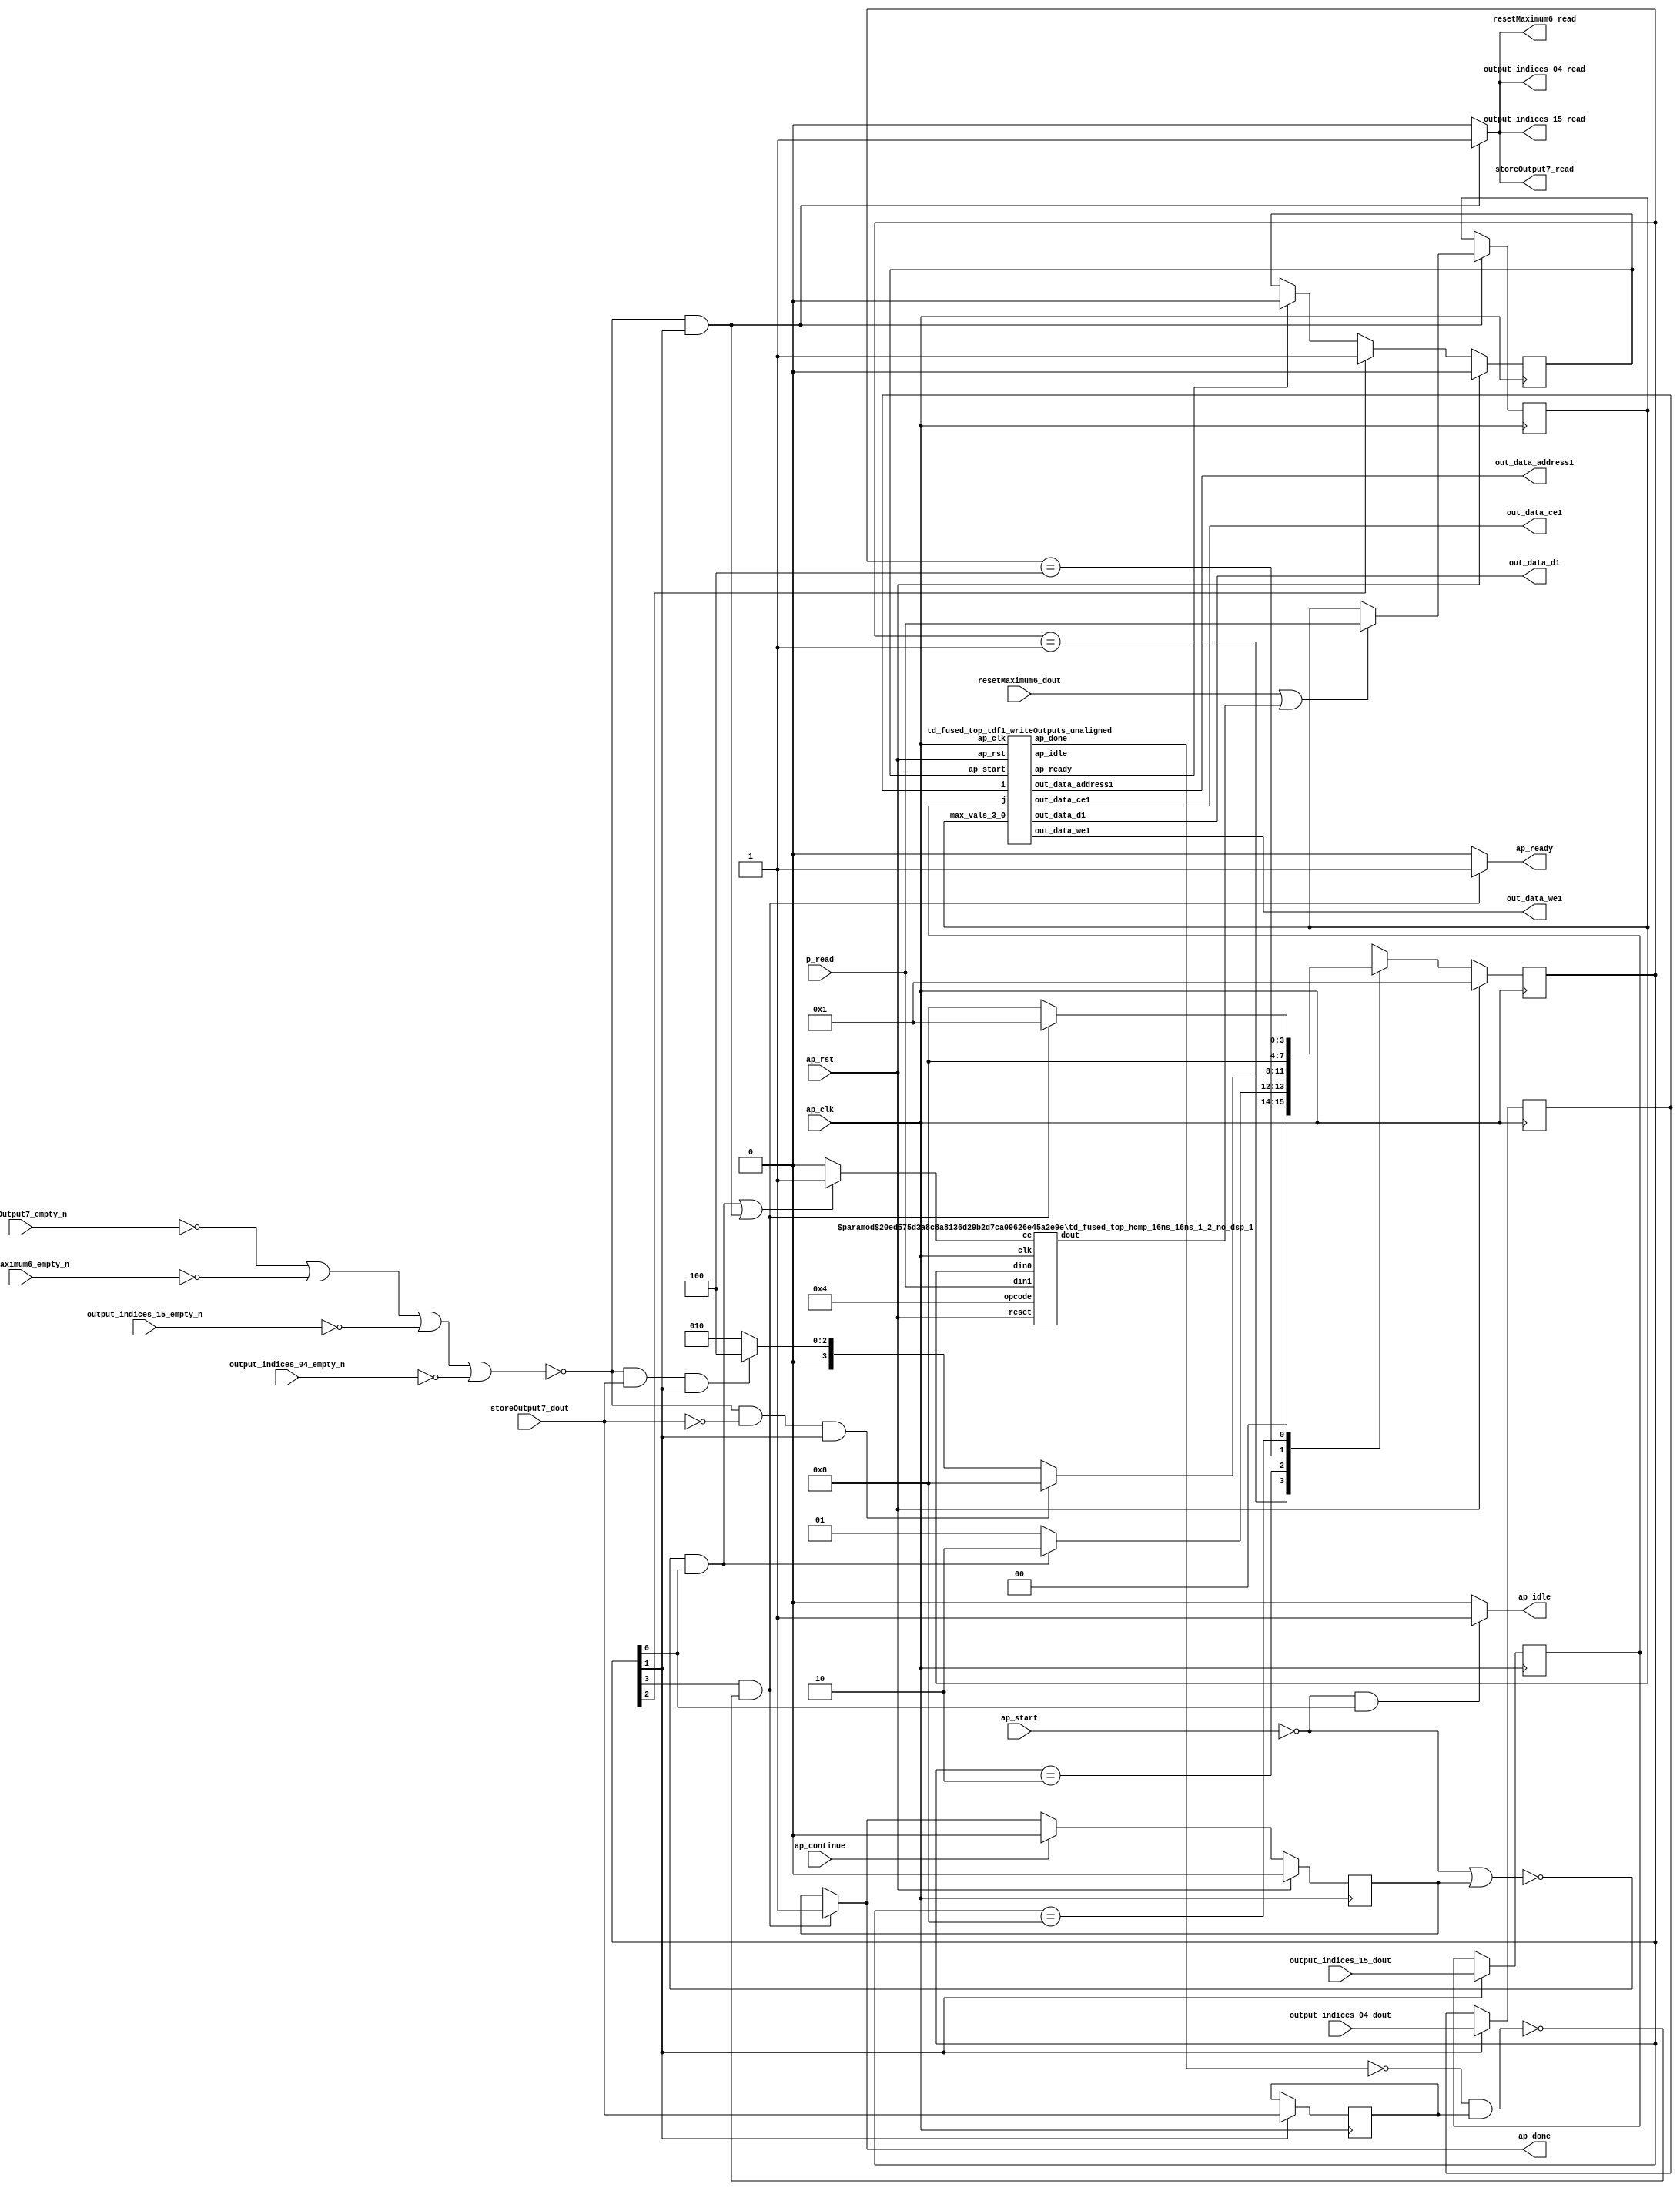
`define EXPONENT 5
`define MANTISSA 10
`define ACTUAL_MANTISSA 11
`define EXPONENT_LSB 10
`define EXPONENT_MSB 14
`define MANTISSA_LSB 0
`define MANTISSA_MSB 9
`define MANTISSA_MUL_SPLIT_LSB 3
`define MANTISSA_MUL_SPLIT_MSB 9
`define SIGN 1
`define SIGN_LOC 15
`define DWIDTH (`SIGN+`EXPONENT+`MANTISSA)
`define IEEE_COMPLIANCE 1

module td_fused_top_tdf1_poolOutputs (
        ap_clk,
        ap_rst,
        ap_start,
        ap_done,
        ap_continue,
        ap_idle,
        ap_ready,
        output_indices_04_dout,
        output_indices_04_empty_n,
        output_indices_04_read,
        output_indices_15_dout,
        output_indices_15_empty_n,
        output_indices_15_read,
        resetMaximum6_dout,
        resetMaximum6_empty_n,
        resetMaximum6_read,
        storeOutput7_dout,
        storeOutput7_empty_n,
        storeOutput7_read,
        p_read,
        out_data_address1,
        out_data_ce1,
        out_data_we1,
        out_data_d1
);

parameter    ap_ST_fsm_state1 = 4'd1;
parameter    ap_ST_fsm_state2 = 4'd2;
parameter    ap_ST_fsm_state3 = 4'd4;
parameter    ap_ST_fsm_state4 = 4'd8;

input   ap_clk;
input   ap_rst;
input   ap_start;
output   ap_done;
input   ap_continue;
output   ap_idle;
output   ap_ready;
input  [6:0] output_indices_04_dout;
input   output_indices_04_empty_n;
output   output_indices_04_read;
input  [13:0] output_indices_15_dout;
input   output_indices_15_empty_n;
output   output_indices_15_read;
input  [0:0] resetMaximum6_dout;
input   resetMaximum6_empty_n;
output   resetMaximum6_read;
input  [0:0] storeOutput7_dout;
input   storeOutput7_empty_n;
output   storeOutput7_read;
input  [15:0] p_read;
output  [15:0] out_data_address1;
output   out_data_ce1;
output   out_data_we1;
output  [63:0] out_data_d1;

reg ap_done;
reg ap_idle;
reg ap_ready;
reg output_indices_04_read;
reg output_indices_15_read;
reg resetMaximum6_read;
reg storeOutput7_read;

reg    ap_done_reg;
  reg   [3:0] ap_CS_fsm;
wire    ap_CS_fsm_state1;
reg   [15:0] max_vals_3_0;
reg    output_indices_04_blk_n;
wire    ap_CS_fsm_state2;
reg    output_indices_15_blk_n;
reg    resetMaximum6_blk_n;
reg    storeOutput7_blk_n;
reg   [6:0] output_indices_04_read_reg_147;
reg   [13:0] output_indices_15_read_reg_152;
wire   [0:0] storeOutput7_read_read_fu_82_p2;
reg   [0:0] storeOutput7_read_reg_157;
wire    grp_tdf1_writeOutputs_unaligned_fu_88_ap_start;
wire    grp_tdf1_writeOutputs_unaligned_fu_88_ap_done;
wire    grp_tdf1_writeOutputs_unaligned_fu_88_ap_idle;
wire    grp_tdf1_writeOutputs_unaligned_fu_88_ap_ready;
wire   [15:0] grp_tdf1_writeOutputs_unaligned_fu_88_out_data_address1;
wire    grp_tdf1_writeOutputs_unaligned_fu_88_out_data_ce1;
wire    grp_tdf1_writeOutputs_unaligned_fu_88_out_data_we1;
wire   [63:0] grp_tdf1_writeOutputs_unaligned_fu_88_out_data_d1;
reg    grp_tdf1_writeOutputs_unaligned_fu_88_ap_start_reg;
wire    ap_CS_fsm_state3;
wire    ap_CS_fsm_state4;
reg    ap_block_state4_on_subcall_done;
wire   [15:0] select_ln24_fu_126_p3;
reg    ap_block_state2;
reg    ap_block_state1;
wire   [0:0] grp_fu_110_p2;
wire   [0:0] or_ln24_fu_120_p2;
reg    grp_fu_110_ce;
reg   [3:0] ap_NS_fsm;
wire    ap_ce_reg;

// power-on initialization
initial begin
#0 ap_done_reg = 1'b0;
#0 ap_CS_fsm = 4'd1;
#0 max_vals_3_0 = 16'd0;
#0 grp_tdf1_writeOutputs_unaligned_fu_88_ap_start_reg = 1'b0;
end

td_fused_top_tdf1_writeOutputs_unaligned grp_tdf1_writeOutputs_unaligned_fu_88(
    .ap_clk(ap_clk),
    .ap_rst(ap_rst),
    .ap_start(grp_tdf1_writeOutputs_unaligned_fu_88_ap_start),
    .ap_done(grp_tdf1_writeOutputs_unaligned_fu_88_ap_done),
    .ap_idle(grp_tdf1_writeOutputs_unaligned_fu_88_ap_idle),
    .ap_ready(grp_tdf1_writeOutputs_unaligned_fu_88_ap_ready),
    .i(output_indices_04_read_reg_147),
    .j(output_indices_15_read_reg_152),
    .out_data_address1(grp_tdf1_writeOutputs_unaligned_fu_88_out_data_address1),
    .out_data_ce1(grp_tdf1_writeOutputs_unaligned_fu_88_out_data_ce1),
    .out_data_we1(grp_tdf1_writeOutputs_unaligned_fu_88_out_data_we1),
    .out_data_d1(grp_tdf1_writeOutputs_unaligned_fu_88_out_data_d1),
    .max_vals_3_0(max_vals_3_0)
);

td_fused_top_hcmp_16ns_16ns_1_2_no_dsp_1 #(
    .ID( 1 ),
    .NUM_STAGE( 2 ),
    .din0_WIDTH( 16 ),
    .din1_WIDTH( 16 ),
    .dout_WIDTH( 1 ))
hcmp_16ns_16ns_1_2_no_dsp_1_U47(
    .clk(ap_clk),
    .reset(ap_rst),
    .ce(grp_fu_110_ce),
    .din0(max_vals_3_0),
    .din1(p_read),
    .opcode(5'd4),
    .dout(grp_fu_110_p2)
);

always @ (posedge ap_clk) begin
    if (ap_rst == 1'b1) begin
        ap_CS_fsm <= ap_ST_fsm_state1;
    end else begin
        ap_CS_fsm <= ap_NS_fsm;
    end
end

always @ (posedge ap_clk) begin
    if (ap_rst == 1'b1) begin
        ap_done_reg <= 1'b0;
    end else begin
        if ((ap_continue == 1'b1)) begin
            ap_done_reg <= 1'b0;
        end else if (((1'b1 == ap_CS_fsm_state4) & (1'b0 == ap_block_state4_on_subcall_done))) begin
            ap_done_reg <= 1'b1;
        end
    end
end

always @ (posedge ap_clk) begin
    if (ap_rst == 1'b1) begin
        grp_tdf1_writeOutputs_unaligned_fu_88_ap_start_reg <= 1'b0;
    end else begin
        if ((1'b1 == ap_CS_fsm_state3)) begin
            grp_tdf1_writeOutputs_unaligned_fu_88_ap_start_reg <= 1'b1;
        end else if ((grp_tdf1_writeOutputs_unaligned_fu_88_ap_ready == 1'b1)) begin
            grp_tdf1_writeOutputs_unaligned_fu_88_ap_start_reg <= 1'b0;
        end
    end
end

always @ (posedge ap_clk) begin
    if ((~((storeOutput7_empty_n == 1'b0) | (resetMaximum6_empty_n == 1'b0) | (output_indices_15_empty_n == 1'b0) | (output_indices_04_empty_n == 1'b0)) & (1'b1 == ap_CS_fsm_state2))) begin
        max_vals_3_0 <= select_ln24_fu_126_p3;
    end
end

always @ (posedge ap_clk) begin
    if ((1'b1 == ap_CS_fsm_state2)) begin
        output_indices_04_read_reg_147 <= output_indices_04_dout;
        output_indices_15_read_reg_152 <= output_indices_15_dout;
        storeOutput7_read_reg_157 <= storeOutput7_dout;
    end
end

always @ (*) begin
    if (((1'b1 == ap_CS_fsm_state4) & (1'b0 == ap_block_state4_on_subcall_done))) begin
        ap_done = 1'b1;
    end else begin
        ap_done = ap_done_reg;
    end
end

always @ (*) begin
    if (((ap_start == 1'b0) & (1'b1 == ap_CS_fsm_state1))) begin
        ap_idle = 1'b1;
    end else begin
        ap_idle = 1'b0;
    end
end

always @ (*) begin
    if (((1'b1 == ap_CS_fsm_state4) & (1'b0 == ap_block_state4_on_subcall_done))) begin
        ap_ready = 1'b1;
    end else begin
        ap_ready = 1'b0;
    end
end

always @ (*) begin
    if (((~((ap_start == 1'b0) | (ap_done_reg == 1'b1)) & (1'b1 == ap_CS_fsm_state1)) | (~((storeOutput7_empty_n == 1'b0) | (resetMaximum6_empty_n == 1'b0) | (output_indices_15_empty_n == 1'b0) | (output_indices_04_empty_n == 1'b0)) & (1'b1 == ap_CS_fsm_state2)))) begin
        grp_fu_110_ce = 1'b1;
    end else begin
        grp_fu_110_ce = 1'b0;
    end
end

always @ (*) begin
    if ((1'b1 == ap_CS_fsm_state2)) begin
        output_indices_04_blk_n = output_indices_04_empty_n;
    end else begin
        output_indices_04_blk_n = 1'b1;
    end
end

always @ (*) begin
    if ((~((storeOutput7_empty_n == 1'b0) | (resetMaximum6_empty_n == 1'b0) | (output_indices_15_empty_n == 1'b0) | (output_indices_04_empty_n == 1'b0)) & (1'b1 == ap_CS_fsm_state2))) begin
        output_indices_04_read = 1'b1;
    end else begin
        output_indices_04_read = 1'b0;
    end
end

always @ (*) begin
    if ((1'b1 == ap_CS_fsm_state2)) begin
        output_indices_15_blk_n = output_indices_15_empty_n;
    end else begin
        output_indices_15_blk_n = 1'b1;
    end
end

always @ (*) begin
    if ((~((storeOutput7_empty_n == 1'b0) | (resetMaximum6_empty_n == 1'b0) | (output_indices_15_empty_n == 1'b0) | (output_indices_04_empty_n == 1'b0)) & (1'b1 == ap_CS_fsm_state2))) begin
        output_indices_15_read = 1'b1;
    end else begin
        output_indices_15_read = 1'b0;
    end
end

always @ (*) begin
    if ((1'b1 == ap_CS_fsm_state2)) begin
        resetMaximum6_blk_n = resetMaximum6_empty_n;
    end else begin
        resetMaximum6_blk_n = 1'b1;
    end
end

always @ (*) begin
    if ((~((storeOutput7_empty_n == 1'b0) | (resetMaximum6_empty_n == 1'b0) | (output_indices_15_empty_n == 1'b0) | (output_indices_04_empty_n == 1'b0)) & (1'b1 == ap_CS_fsm_state2))) begin
        resetMaximum6_read = 1'b1;
    end else begin
        resetMaximum6_read = 1'b0;
    end
end

always @ (*) begin
    if ((1'b1 == ap_CS_fsm_state2)) begin
        storeOutput7_blk_n = storeOutput7_empty_n;
    end else begin
        storeOutput7_blk_n = 1'b1;
    end
end

always @ (*) begin
    if ((~((storeOutput7_empty_n == 1'b0) | (resetMaximum6_empty_n == 1'b0) | (output_indices_15_empty_n == 1'b0) | (output_indices_04_empty_n == 1'b0)) & (1'b1 == ap_CS_fsm_state2))) begin
        storeOutput7_read = 1'b1;
    end else begin
        storeOutput7_read = 1'b0;
    end
end

always @ (*) begin
    case (ap_CS_fsm)
        ap_ST_fsm_state1 : begin
            if ((~((ap_start == 1'b0) | (ap_done_reg == 1'b1)) & (1'b1 == ap_CS_fsm_state1))) begin
                ap_NS_fsm = ap_ST_fsm_state2;
            end else begin
                ap_NS_fsm = ap_ST_fsm_state1;
            end
        end
        ap_ST_fsm_state2 : begin
            if ((~((storeOutput7_empty_n == 1'b0) | (resetMaximum6_empty_n == 1'b0) | (output_indices_15_empty_n == 1'b0) | (output_indices_04_empty_n == 1'b0)) & (storeOutput7_read_read_fu_82_p2 == 1'd0) & (1'b1 == ap_CS_fsm_state2))) begin
                ap_NS_fsm = ap_ST_fsm_state4;
            end else if ((~((storeOutput7_empty_n == 1'b0) | (resetMaximum6_empty_n == 1'b0) | (output_indices_15_empty_n == 1'b0) | (output_indices_04_empty_n == 1'b0)) & (storeOutput7_read_read_fu_82_p2 == 1'd1) & (1'b1 == ap_CS_fsm_state2))) begin
                ap_NS_fsm = ap_ST_fsm_state3;
            end else begin
                ap_NS_fsm = ap_ST_fsm_state2;
            end
        end
        ap_ST_fsm_state3 : begin
            ap_NS_fsm = ap_ST_fsm_state4;
        end
        ap_ST_fsm_state4 : begin
            if (((1'b1 == ap_CS_fsm_state4) & (1'b0 == ap_block_state4_on_subcall_done))) begin
                ap_NS_fsm = ap_ST_fsm_state1;
            end else begin
                ap_NS_fsm = ap_ST_fsm_state4;
            end
        end
        default : begin
            ap_NS_fsm = 'bx;
        end
    endcase
end

assign ap_CS_fsm_state1 = ap_CS_fsm[32'd0];

assign ap_CS_fsm_state2 = ap_CS_fsm[32'd1];

assign ap_CS_fsm_state3 = ap_CS_fsm[32'd2];

assign ap_CS_fsm_state4 = ap_CS_fsm[32'd3];

always @ (*) begin
    ap_block_state1 = ((ap_start == 1'b0) | (ap_done_reg == 1'b1));
end

always @ (*) begin
    ap_block_state2 = ((storeOutput7_empty_n == 1'b0) | (resetMaximum6_empty_n == 1'b0) | (output_indices_15_empty_n == 1'b0) | (output_indices_04_empty_n == 1'b0));
end

always @ (*) begin
    ap_block_state4_on_subcall_done = ((grp_tdf1_writeOutputs_unaligned_fu_88_ap_done == 1'b0) & (storeOutput7_read_reg_157 == 1'd1));
end

assign grp_tdf1_writeOutputs_unaligned_fu_88_ap_start = grp_tdf1_writeOutputs_unaligned_fu_88_ap_start_reg;

assign or_ln24_fu_120_p2 = (resetMaximum6_dout | grp_fu_110_p2);

assign out_data_address1 = grp_tdf1_writeOutputs_unaligned_fu_88_out_data_address1;

assign out_data_ce1 = grp_tdf1_writeOutputs_unaligned_fu_88_out_data_ce1;

assign out_data_d1 = grp_tdf1_writeOutputs_unaligned_fu_88_out_data_d1;

assign out_data_we1 = grp_tdf1_writeOutputs_unaligned_fu_88_out_data_we1;

assign select_ln24_fu_126_p3 = ((or_ln24_fu_120_p2[0:0] == 1'b1) ? p_read : max_vals_3_0);

assign storeOutput7_read_read_fu_82_p2 = storeOutput7_dout;

endmodule //td_fused_top_tdf1_poolOutputs
module td_fused_top_tdf1_writeOutputs_unaligned (
        ap_clk,
        ap_rst,
        ap_start,
        ap_done,
        ap_idle,
        ap_ready,
        i,
        j,
        out_data_address1,
        out_data_ce1,
        out_data_we1,
        out_data_d1,
        max_vals_3_0
);

parameter    ap_ST_fsm_state1 = 3'd1;
parameter    ap_ST_fsm_state2 = 3'd2;
parameter    ap_ST_fsm_state3 = 3'd4;

input   ap_clk;
input   ap_rst;
input   ap_start;
output   ap_done;
output   ap_idle;
output   ap_ready;
input  [6:0] i;
input  [13:0] j;
output  [15:0] out_data_address1;
output   out_data_ce1;
output   out_data_we1;
output  [63:0] out_data_d1;
input  [15:0] max_vals_3_0;

reg ap_done;
reg ap_idle;
reg ap_ready;
reg out_data_ce1;
reg out_data_we1;

  reg   [2:0] ap_CS_fsm;
wire    ap_CS_fsm_state1;
reg   [15:0] outputCount_1;
reg   [15:0] outputChanIdx_1;
reg   [15:0] outputRow_8_0;
reg   [15:0] outputRow_8_1;
reg   [15:0] outputRow_8_2;
reg   [15:0] outputRow_8_3;
wire   [14:0] sub_ln94_fu_121_p2;
reg   [14:0] sub_ln94_reg_294;
wire   [15:0] add_ln87_fu_182_p2;
wire    ap_CS_fsm_state2;
wire   [0:0] icmp_ln88_fu_188_p2;
reg   [0:0] icmp_ln88_reg_307;
reg   [15:0] ap_phi_mux_empty_phi_fu_90_p4;
reg   [15:0] empty_reg_87;
wire    ap_CS_fsm_state3;
wire   [63:0] zext_ln94_18_fu_216_p1;
wire   [15:0] select_ln97_fu_274_p3;
wire   [1:0] trunc_ln86_fu_154_p1;
reg   [15:0] ap_sig_allocacmp_outputRow_8_0_load;
reg   [15:0] ap_sig_allocacmp_outputRow_8_1_load;
reg   [15:0] ap_sig_allocacmp_outputRow_8_2_load;
reg   [15:0] ap_sig_allocacmp_outputRow_8_3_load;
wire   [13:0] tmp_fu_97_p3;
wire   [10:0] tmp_s_fu_109_p3;
wire   [14:0] zext_ln94_fu_105_p1;
wire   [14:0] zext_ln94_15_fu_117_p1;
wire   [15:0] sub_ln94_cast14_fu_127_p1;
wire   [15:0] zext_ln94_16_fu_130_p1;
wire   [15:0] add_ln94_fu_134_p2;
wire   [3:0] trunc_ln94_fu_202_p1;
wire   [15:0] shl_ln89_fu_140_p2;
wire   [15:0] zext_ln94_17_fu_206_p1;
wire   [15:0] add_ln94_7_fu_210_p2;
wire   [15:0] bitcast_ln94_21_fu_245_p1;
wire   [15:0] bitcast_ln94_20_fu_237_p1;
wire   [15:0] bitcast_ln94_19_fu_229_p1;
wire   [15:0] bitcast_ln94_fu_221_p1;
wire   [15:0] add_ln96_fu_262_p2;
wire   [0:0] icmp_ln97_fu_268_p2;
reg   [2:0] ap_NS_fsm;
wire    ap_ce_reg;

// power-on initialization
initial begin
#0 ap_CS_fsm = 3'd1;
#0 outputCount_1 = 16'd0;
#0 outputChanIdx_1 = 16'd0;
#0 outputRow_8_0 = 16'd0;
#0 outputRow_8_1 = 16'd0;
#0 outputRow_8_2 = 16'd0;
#0 outputRow_8_3 = 16'd0;
end

always @ (posedge ap_clk) begin
    if (ap_rst == 1'b1) begin
        ap_CS_fsm <= ap_ST_fsm_state1;
    end else begin
        ap_CS_fsm <= ap_NS_fsm;
    end
end

always @ (posedge ap_clk) begin
    if (((icmp_ln88_reg_307 == 1'd1) & (1'b1 == ap_CS_fsm_state3))) begin
        empty_reg_87 <= 16'd0;
    end else if (((icmp_ln88_fu_188_p2 == 1'd0) & (1'b1 == ap_CS_fsm_state2))) begin
        empty_reg_87 <= add_ln87_fu_182_p2;
    end
end

always @ (posedge ap_clk) begin
    if ((1'b1 == ap_CS_fsm_state2)) begin
        icmp_ln88_reg_307 <= icmp_ln88_fu_188_p2;
    end
end

always @ (posedge ap_clk) begin
    if (((icmp_ln88_fu_188_p2 == 1'd1) & (1'b1 == ap_CS_fsm_state2))) begin
        outputChanIdx_1 <= select_ln97_fu_274_p3;
    end
end

always @ (posedge ap_clk) begin
    if ((1'b1 == ap_CS_fsm_state3)) begin
        outputCount_1 <= ap_phi_mux_empty_phi_fu_90_p4;
    end
end

always @ (posedge ap_clk) begin
    if (((trunc_ln86_fu_154_p1 == 2'd0) & (1'b1 == ap_CS_fsm_state2))) begin
        outputRow_8_0 <= max_vals_3_0;
    end
end

always @ (posedge ap_clk) begin
    if (((trunc_ln86_fu_154_p1 == 2'd1) & (1'b1 == ap_CS_fsm_state2))) begin
        outputRow_8_1 <= max_vals_3_0;
    end
end

always @ (posedge ap_clk) begin
    if (((trunc_ln86_fu_154_p1 == 2'd2) & (1'b1 == ap_CS_fsm_state2))) begin
        outputRow_8_2 <= max_vals_3_0;
    end
end

always @ (posedge ap_clk) begin
    if (((trunc_ln86_fu_154_p1 == 2'd3) & (1'b1 == ap_CS_fsm_state2))) begin
        outputRow_8_3 <= max_vals_3_0;
    end
end

always @ (posedge ap_clk) begin
    if ((1'b1 == ap_CS_fsm_state1)) begin
        sub_ln94_reg_294[14 : 4] <= sub_ln94_fu_121_p2[14 : 4];
    end
end

always @ (*) begin
    if (((1'b1 == ap_CS_fsm_state3) | ((ap_start == 1'b0) & (1'b1 == ap_CS_fsm_state1)))) begin
        ap_done = 1'b1;
    end else begin
        ap_done = 1'b0;
    end
end

always @ (*) begin
    if (((ap_start == 1'b0) & (1'b1 == ap_CS_fsm_state1))) begin
        ap_idle = 1'b1;
    end else begin
        ap_idle = 1'b0;
    end
end

always @ (*) begin
    if (((icmp_ln88_reg_307 == 1'd1) & (1'b1 == ap_CS_fsm_state3))) begin
        ap_phi_mux_empty_phi_fu_90_p4 = 16'd0;
    end else begin
        ap_phi_mux_empty_phi_fu_90_p4 = empty_reg_87;
    end
end

always @ (*) begin
    if ((1'b1 == ap_CS_fsm_state3)) begin
        ap_ready = 1'b1;
    end else begin
        ap_ready = 1'b0;
    end
end

always @ (*) begin
    if (((trunc_ln86_fu_154_p1 == 2'd0) & (1'b1 == ap_CS_fsm_state2))) begin
        ap_sig_allocacmp_outputRow_8_0_load = max_vals_3_0;
    end else begin
        ap_sig_allocacmp_outputRow_8_0_load = outputRow_8_0;
    end
end

always @ (*) begin
    if (((trunc_ln86_fu_154_p1 == 2'd1) & (1'b1 == ap_CS_fsm_state2))) begin
        ap_sig_allocacmp_outputRow_8_1_load = max_vals_3_0;
    end else begin
        ap_sig_allocacmp_outputRow_8_1_load = outputRow_8_1;
    end
end

always @ (*) begin
    if (((trunc_ln86_fu_154_p1 == 2'd2) & (1'b1 == ap_CS_fsm_state2))) begin
        ap_sig_allocacmp_outputRow_8_2_load = max_vals_3_0;
    end else begin
        ap_sig_allocacmp_outputRow_8_2_load = outputRow_8_2;
    end
end

always @ (*) begin
    if (((trunc_ln86_fu_154_p1 == 2'd3) & (1'b1 == ap_CS_fsm_state2))) begin
        ap_sig_allocacmp_outputRow_8_3_load = max_vals_3_0;
    end else begin
        ap_sig_allocacmp_outputRow_8_3_load = outputRow_8_3;
    end
end

always @ (*) begin
    if (((1'b1 == ap_CS_fsm_state3) | (1'b1 == ap_CS_fsm_state2))) begin
        out_data_ce1 = 1'b1;
    end else begin
        out_data_ce1 = 1'b0;
    end
end

always @ (*) begin
    if (((icmp_ln88_fu_188_p2 == 1'd1) & (1'b1 == ap_CS_fsm_state2))) begin
        out_data_we1 = 1'b1;
    end else begin
        out_data_we1 = 1'b0;
    end
end

always @ (*) begin
    case (ap_CS_fsm)
        ap_ST_fsm_state1 : begin
            if (((ap_start == 1'b1) & (1'b1 == ap_CS_fsm_state1))) begin
                ap_NS_fsm = ap_ST_fsm_state2;
            end else begin
                ap_NS_fsm = ap_ST_fsm_state1;
            end
        end
        ap_ST_fsm_state2 : begin
            ap_NS_fsm = ap_ST_fsm_state3;
        end
        ap_ST_fsm_state3 : begin
            ap_NS_fsm = ap_ST_fsm_state1;
        end
        default : begin
            ap_NS_fsm = 'bx;
        end
    endcase
end

assign add_ln87_fu_182_p2 = (outputCount_1 + 16'd1);

assign add_ln94_7_fu_210_p2 = (shl_ln89_fu_140_p2 + zext_ln94_17_fu_206_p1);

assign add_ln94_fu_134_p2 = (sub_ln94_cast14_fu_127_p1 + zext_ln94_16_fu_130_p1);

assign add_ln96_fu_262_p2 = (outputChanIdx_1 + 16'd1);

assign ap_CS_fsm_state1 = ap_CS_fsm[32'd0];

assign ap_CS_fsm_state2 = ap_CS_fsm[32'd1];

assign ap_CS_fsm_state3 = ap_CS_fsm[32'd2];

assign bitcast_ln94_19_fu_229_p1 = ap_sig_allocacmp_outputRow_8_1_load;

assign bitcast_ln94_20_fu_237_p1 = ap_sig_allocacmp_outputRow_8_2_load;

assign bitcast_ln94_21_fu_245_p1 = ap_sig_allocacmp_outputRow_8_3_load;

assign bitcast_ln94_fu_221_p1 = ap_sig_allocacmp_outputRow_8_0_load;

assign icmp_ln88_fu_188_p2 = ((add_ln87_fu_182_p2 == 16'd4) ? 1'b1 : 1'b0);

assign icmp_ln97_fu_268_p2 = ((add_ln96_fu_262_p2 == 16'd4) ? 1'b1 : 1'b0);

assign out_data_address1 = zext_ln94_18_fu_216_p1;

assign out_data_d1 = {{{{bitcast_ln94_21_fu_245_p1}, {bitcast_ln94_20_fu_237_p1}}, {bitcast_ln94_19_fu_229_p1}}, {bitcast_ln94_fu_221_p1}};

assign select_ln97_fu_274_p3 = ((icmp_ln97_fu_268_p2[0:0] == 1'b1) ? 16'd0 : add_ln96_fu_262_p2);

assign shl_ln89_fu_140_p2 = add_ln94_fu_134_p2 << 16'd2;

assign sub_ln94_cast14_fu_127_p1 = sub_ln94_reg_294;

assign sub_ln94_fu_121_p2 = (zext_ln94_fu_105_p1 - zext_ln94_15_fu_117_p1);

assign tmp_fu_97_p3 = {{i}, {7'd0}};

assign tmp_s_fu_109_p3 = {{i}, {4'd0}};

assign trunc_ln86_fu_154_p1 = outputCount_1[1:0];

assign trunc_ln94_fu_202_p1 = outputChanIdx_1[3:0];

assign zext_ln94_15_fu_117_p1 = tmp_s_fu_109_p3;

assign zext_ln94_16_fu_130_p1 = j;

assign zext_ln94_17_fu_206_p1 = trunc_ln94_fu_202_p1;

assign zext_ln94_18_fu_216_p1 = add_ln94_7_fu_210_p2;

assign zext_ln94_fu_105_p1 = tmp_fu_97_p3;

always @ (posedge ap_clk) begin
    sub_ln94_reg_294[3:0] <= 4'b0000;
end

endmodule //td_fused_top_tdf1_writeOutputs_unaligned

module td_fused_top_hcmp_16ns_16ns_1_2_no_dsp_1
#(parameter
    ID         = 47,
    NUM_STAGE  = 2,
    din0_WIDTH = 16,
    din1_WIDTH = 16,
    dout_WIDTH = 1
)(
    input  wire                  clk,
    input  wire                  reset,
    input  wire                  ce,
    input  wire [din0_WIDTH-1:0] din0,
    input  wire [din1_WIDTH-1:0] din1,
    input  wire [4:0]            opcode,
    output wire [dout_WIDTH-1:0] dout
);
//------------------------Parameter----------------------
// AutoESL opcode
localparam [4:0]
    AP_OEQ = 5'b00001,
    AP_OGT = 5'b00010,
    AP_OGE = 5'b00011,
    AP_OLT = 5'b00100,
    AP_OLE = 5'b00101,
    AP_ONE = 5'b00110,
    AP_UNO = 5'b01000;
// FPV6 opcode
localparam [7:0]
    OP_EQ = 8'b00010100,
    OP_GT = 8'b00100100,
    OP_GE = 8'b00110100,
    OP_LT = 8'b00001100,
    OP_LE = 8'b00011100,
    OP_NE = 8'b00101100,
    OP_UO = 8'b00000100;
//------------------------Local signal-------------------
wire                  a_tvalid;
wire [15:0]           a_tdata;
wire                  b_tvalid;
wire [15:0]           b_tdata;
wire                  op_tvalid;
reg  [7:0]            op_tdata;
wire                  r_tvalid;
wire [7:0]            r_tdata;
reg  [din0_WIDTH-1:0] din0_buf1;
reg  [din1_WIDTH-1:0] din1_buf1;
reg  [4:0]            opcode_buf1;
reg                   ce_r;
wire [dout_WIDTH-1:0] dout_i;
reg  [dout_WIDTH-1:0] dout_r;
//------------------------Instantiation------------------
td_fused_top_ap_hcmp_0_no_dsp_16 td_fused_top_ap_hcmp_0_no_dsp_16_u (
    .s_axis_a_tvalid         ( a_tvalid ),
    .s_axis_a_tdata          ( a_tdata ),
    .s_axis_b_tvalid         ( b_tvalid ),
    .s_axis_b_tdata          ( b_tdata ),
    .s_axis_operation_tvalid ( op_tvalid ),
    .s_axis_operation_tdata  ( op_tdata ),
    .m_axis_result_tvalid    ( r_tvalid ),
    .m_axis_result_tdata     ( r_tdata )
);
//------------------------Body---------------------------
assign a_tvalid  = 1'b1;
assign a_tdata   = din0_buf1;
assign b_tvalid  = 1'b1;
assign b_tdata   = din1_buf1;
assign op_tvalid = 1'b1;
assign dout_i    = r_tdata[0];

always @(*) begin
    case (opcode_buf1)
        AP_OEQ  : op_tdata = OP_EQ;
        AP_OGT  : op_tdata = OP_GT;
        AP_OGE  : op_tdata = OP_GE;
        AP_OLT  : op_tdata = OP_LT;
        AP_OLE  : op_tdata = OP_LE;
        AP_ONE  : op_tdata = OP_NE;
        AP_UNO  : op_tdata = OP_UO;
        default : op_tdata = OP_EQ;
    endcase
end

always @(posedge clk) begin
    if (ce) begin
        din0_buf1   <= din0;
        din1_buf1   <= din1;
        opcode_buf1 <= opcode;
    end
end

always @ (posedge clk) begin
    ce_r <= ce;
end

always @ (posedge clk) begin
    if (ce_r) begin
        dout_r <= dout_i;
    end
end

assign dout = ce_r?dout_i:dout_r;
endmodule
module td_fused_top_ap_hcmp_0_no_dsp_16 (
   input  wire        s_axis_a_tvalid,
   input  wire [15:0] s_axis_a_tdata,
   input  wire        s_axis_b_tvalid,
   input  wire [15:0] s_axis_b_tdata,
   input  wire        s_axis_operation_tvalid,
   input  wire [7:0]  s_axis_operation_tdata,
   output wire        m_axis_result_tvalid,
   output wire [7:0]  m_axis_result_tdata
);
   // TEMP - compare module not yet ready
   // In the meantime, negate operand B, add them
   // together, and return the sign bit of the result.
   wire [15:0] b_negative;
   wire [15:0] result;
   assign b_negative = {~s_axis_b_tdata[15], s_axis_b_tdata[14:0]};
   
`ifdef complex_dsp
adder_fp u_add_fp (
      .a(s_axis_a_tdata), 
      .b(b_negative), 
      .out(result)
   );
`else
FPAddSub u_FPAddSub_2 (.clk(), .rst(1'b0), .a(s_axis_a_tdata), .b(b_negative), .operation(1'b0), .result(result), .flags());
`endif
   
   assign m_axis_result_tdata = {7'b0, result[15]};
endmodule


module FPAddSub(
		clk,
		rst,
		a,
		b,
		operation,			// 0 add, 1 sub
		result,
		flags
	);
	
	// Clock and reset
	input clk ;										// Clock signal
	input rst ;										// Reset (active high, resets pipeline registers)
	
	// Input ports
	input [`DWIDTH-1:0] a ;								// Input A, a 32-bit floating point number
	input [`DWIDTH-1:0] b ;								// Input B, a 32-bit floating point number
	input operation ;								// Operation select signal
	
	// Output ports
	output [`DWIDTH-1:0] result ;						// Result of the operation
	output [4:0] flags ;							// Flags indicating exceptions according to IEEE754
	
	// Pipeline Registers
	//reg [79:0] pipe_1;							// Pipeline register PreAlign->Align1
	reg [`DWIDTH*2+15:0] pipe_1;							// Pipeline register PreAlign->Align1

	//reg [67:0] pipe_2;							// Pipeline register Align1->Align3
	reg [`MANTISSA*2+`EXPONENT+13:0] pipe_2;							// Pipeline register Align1->Align3

	//reg [76:0] pipe_3;	68						// Pipeline register Align1->Align3
	reg [`MANTISSA*2+`EXPONENT+14:0] pipe_3;							// Pipeline register Align1->Align3

	//reg [69:0] pipe_4;							// Pipeline register Align3->Execute
	reg [`MANTISSA*2+`EXPONENT+15:0] pipe_4;							// Pipeline register Align3->Execute

	//reg [51:0] pipe_5;							// Pipeline register Execute->Normalize
	reg [`DWIDTH+`EXPONENT+11:0] pipe_5;							// Pipeline register Execute->Normalize

	//reg [56:0] pipe_6;							// Pipeline register Nomalize->NormalizeShift1
	reg [`DWIDTH+`EXPONENT+16:0] pipe_6;							// Pipeline register Nomalize->NormalizeShift1

	//reg [56:0] pipe_7;							// Pipeline register NormalizeShift2->NormalizeShift3
	reg [`DWIDTH+`EXPONENT+16:0] pipe_7;							// Pipeline register NormalizeShift2->NormalizeShift3

	//reg [54:0] pipe_8;							// Pipeline register NormalizeShift3->Round
	reg [`EXPONENT*2+`MANTISSA+15:0] pipe_8;							// Pipeline register NormalizeShift3->Round

	//reg [40:0] pipe_9;							// Pipeline register NormalizeShift3->Round
	reg [`DWIDTH+8:0] pipe_9;							// Pipeline register NormalizeShift3->Round
	
	// Internal wires between modules
	wire [`DWIDTH-2:0] Aout_0 ;							// A - sign
	wire [`DWIDTH-2:0] Bout_0 ;							// B - sign
	wire Opout_0 ;									// A's sign
	wire Sa_0 ;										// A's sign
	wire Sb_0 ;										// B's sign
	wire MaxAB_1 ;									// Indicates the larger of A and B(0/A, 1/B)
	wire [`EXPONENT-1:0] CExp_1 ;							// Common Exponent
	wire [4:0] Shift_1 ;							// Number of steps to smaller mantissa shift right (align)
	wire [`MANTISSA-1:0] Mmax_1 ;							// Larger mantissa
	wire [4:0] InputExc_0 ;						// Input numbers are exceptions
	wire [9:0] ShiftDet_0 ;
	wire [`MANTISSA-1:0] MminS_1 ;						// Smaller mantissa after 0/16 shift
	wire [`MANTISSA:0] MminS_2 ;						// Smaller mantissa after 0/4/8/12 shift
	wire [`MANTISSA:0] Mmin_3 ;							// Smaller mantissa after 0/1/2/3 shift
	wire [`DWIDTH:0] Sum_4 ;
	wire PSgn_4 ;
	wire Opr_4 ;
	wire [4:0] Shift_5 ;							// Number of steps to shift sum left (normalize)
	wire [`DWIDTH:0] SumS_5 ;							// Sum after 0/16 shift
	wire [`DWIDTH:0] SumS_6 ;							// Sum after 0/16 shift
	wire [`DWIDTH:0] SumS_7 ;							// Sum after 0/16 shift
	wire [`MANTISSA-1:0] NormM_8 ;						// Normalized mantissa
	wire [`EXPONENT:0] NormE_8;							// Adjusted exponent
	wire ZeroSum_8 ;								// Zero flag
	wire NegE_8 ;									// Flag indicating negative exponent
	wire R_8 ;										// Round bit
	wire S_8 ;										// Final sticky bit
	wire FG_8 ;										// Final sticky bit
	wire [`DWIDTH-1:0] P_int ;
	wire EOF ;
	
	// Prepare the operands for alignment and check for exceptions
	FPAddSub_PrealignModule PrealignModule
	(	// Inputs
		a, b, operation,
		// Outputs
		Sa_0, Sb_0, ShiftDet_0[9:0], InputExc_0[4:0], Aout_0[`DWIDTH-2:0], Bout_0[`DWIDTH-2:0], Opout_0) ;
		
	// Prepare the operands for alignment and check for exceptions
	FPAddSub_AlignModule AlignModule
	(	// Inputs
		pipe_1[14+2*`DWIDTH:16+`DWIDTH], pipe_1[15+`DWIDTH:17], pipe_1[14:5],
		// Outputs
		CExp_1[`EXPONENT-1:0], MaxAB_1, Shift_1[4:0], MminS_1[`MANTISSA-1:0], Mmax_1[`MANTISSA-1:0]) ;	

	// Alignment Shift Stage 1
	FPAddSub_AlignShift1 AlignShift1
	(  // Inputs
		pipe_2[`MANTISSA-1:0], pipe_2[2*`MANTISSA+9:2*`MANTISSA+7],
		// Outputs
		MminS_2[`MANTISSA:0]) ;

	// Alignment Shift Stage 3 and compution of guard and sticky bits
	FPAddSub_AlignShift2 AlignShift2  
	(  // Inputs
		pipe_3[`MANTISSA:0], pipe_3[2*`MANTISSA+7:2*`MANTISSA+6],
		// Outputs
		Mmin_3[`MANTISSA:0]) ;
						
	// Perform mantissa addition
	FPAddSub_ExecutionModule ExecutionModule
	(  // Inputs
		pipe_4[`MANTISSA*2+5:`MANTISSA+6], pipe_4[`MANTISSA:0], pipe_4[`MANTISSA*2+`EXPONENT+13], pipe_4[`MANTISSA*2+`EXPONENT+12], pipe_4[`MANTISSA*2+`EXPONENT+11], pipe_4[`MANTISSA*2+`EXPONENT+14],
		// Outputs
		Sum_4[`DWIDTH:0], PSgn_4, Opr_4) ;
	
	// Prepare normalization of result
	FPAddSub_NormalizeModule NormalizeModule
	(  // Inputs
		pipe_5[`DWIDTH:0], 
		// Outputs
		SumS_5[`DWIDTH:0], Shift_5[4:0]) ;
					
	// Normalization Shift Stage 1
	FPAddSub_NormalizeShift1 NormalizeShift1
	(  // Inputs
		pipe_6[`DWIDTH:0], pipe_6[`DWIDTH+`EXPONENT+14:`DWIDTH+`EXPONENT+11],
		// Outputs
		SumS_7[`DWIDTH:0]) ;
		
	// Normalization Shift Stage 3 and final guard, sticky and round bits
	FPAddSub_NormalizeShift2 NormalizeShift2
	(  // Inputs
		pipe_7[`DWIDTH:0], pipe_7[`DWIDTH+`EXPONENT+5:`DWIDTH+6], pipe_7[`DWIDTH+`EXPONENT+15:`DWIDTH+`EXPONENT+11],
		// Outputs
		NormM_8[`MANTISSA-1:0], NormE_8[`EXPONENT:0], ZeroSum_8, NegE_8, R_8, S_8, FG_8) ;

	// Round and put result together
	FPAddSub_RoundModule RoundModule
	(  // Inputs
		 pipe_8[3], pipe_8[4+`EXPONENT:4], pipe_8[`EXPONENT+`MANTISSA+4:5+`EXPONENT], pipe_8[1], pipe_8[0], pipe_8[`EXPONENT*2+`MANTISSA+15], pipe_8[`EXPONENT*2+`MANTISSA+12], pipe_8[`EXPONENT*2+`MANTISSA+11], pipe_8[`EXPONENT*2+`MANTISSA+14], pipe_8[`EXPONENT*2+`MANTISSA+10], 
		// Outputs
		P_int[`DWIDTH-1:0], EOF) ;
	
	// Check for exceptions
	FPAddSub_ExceptionModule Exceptionmodule
	(  // Inputs
		pipe_9[8+`DWIDTH:9], pipe_9[8], pipe_9[7], pipe_9[6], pipe_9[5:1], pipe_9[0], 
		// Outputs
		result[`DWIDTH-1:0], flags[4:0]) ;			
	
	always @ (*) begin	
		if(rst) begin
			pipe_1 = 0;
			pipe_2 = 0;
			pipe_3 = 0;
			pipe_4 = 0;
			pipe_5 = 0;
			pipe_6 = 0;
			pipe_7 = 0;
			pipe_8 = 0;
			pipe_9 = 0;
		end 
		else begin
		
			pipe_1 = {Opout_0, Aout_0[`DWIDTH-2:0], Bout_0[`DWIDTH-2:0], Sa_0, Sb_0, ShiftDet_0[9:0], InputExc_0[4:0]} ;	
			// PIPE_2 :
			//[67] operation
			//[66] Sa_0
			//[65] Sb_0
			//[64] MaxAB_0
			//[63:56] CExp_0
			//[55:51] Shift_0
			//[50:28] Mmax_0
			//[27:23] InputExc_0
			//[22:0] MminS_1
			//
			pipe_2 = {pipe_1[`DWIDTH*2+15], pipe_1[16:15], MaxAB_1, CExp_1[`EXPONENT-1:0], Shift_1[4:0], Mmax_1[`MANTISSA-1:0], pipe_1[4:0], MminS_1[`MANTISSA-1:0]} ;	
			// PIPE_3 :
			//[68] operation
			//[67] Sa_0
			//[66] Sb_0
			//[65] MaxAB_0
			//[64:57] CExp_0
			//[56:52] Shift_0
			//[51:29] Mmax_0
			//[28:24] InputExc_0
			//[23:0] MminS_1
			//
			pipe_3 = {pipe_2[`MANTISSA*2+`EXPONENT+13:`MANTISSA], MminS_2[`MANTISSA:0]} ;	
			// PIPE_4 :
			//[68] operation
			//[67] Sa_0
			//[66] Sb_0
			//[65] MaxAB_0
			//[64:57] CExp_0
			//[56:52] Shift_0
			//[51:29] Mmax_0
			//[28:24] InputExc_0
			//[23:0] Mmin_3
			//					
			pipe_4 = {pipe_3[`MANTISSA*2+`EXPONENT+14:`MANTISSA+1], Mmin_3[`MANTISSA:0]} ;	
			// PIPE_5 :
			//[51] operation
			//[50] PSgn_4
			//[49] Opr_4
			//[48] Sa_0
			//[47] Sb_0
			//[46] MaxAB_0
			//[45:38] CExp_0
			//[37:33] InputExc_0
			//[32:0] Sum_4
			//					
			pipe_5 = {pipe_4[2*`MANTISSA+`EXPONENT+14], PSgn_4, Opr_4, pipe_4[2*`MANTISSA+`EXPONENT+13:2*`MANTISSA+11], pipe_4[`MANTISSA+5:`MANTISSA+1], Sum_4[`DWIDTH:0]} ;
			// PIPE_6 :
			//[56] operation
			//[55:51] Shift_5
			//[50] PSgn_4
			//[49] Opr_4
			//[48] Sa_0
			//[47] Sb_0
			//[46] MaxAB_0
			//[45:38] CExp_0
			//[37:33] InputExc_0
			//[32:0] Sum_4
			//					
			pipe_6 = {pipe_5[`EXPONENT+`EXPONENT+11], Shift_5[4:0], pipe_5[`DWIDTH+`EXPONENT+10:`DWIDTH+1], SumS_5[`DWIDTH:0]} ;	
			// pipe_7 :
			//[56] operation
			//[55:51] Shift_5
			//[50] PSgn_4
			//[49] Opr_4
			//[48] Sa_0
			//[47] Sb_0
			//[46] MaxAB_0
			//[45:38] CExp_0
			//[37:33] InputExc_0
			//[32:0] Sum_4
			//						
			pipe_7 = {pipe_6[`DWIDTH+`EXPONENT+16:`DWIDTH+1], SumS_7[`DWIDTH:0]} ;	
			// pipe_8:
			//[54] FG_8 
			//[53] operation
			//[52] PSgn_4
			//[51] Sa_0
			//[50] Sb_0
			//[49] MaxAB_0
			//[48:41] CExp_0
			//[40:36] InputExc_8
			//[35:13] NormM_8 
			//[12:4] NormE_8
			//[3] ZeroSum_8
			//[2] NegE_8
			//[1] R_8
			//[0] S_8
			//				
			pipe_8 = {FG_8, pipe_7[`DWIDTH+`EXPONENT+16], pipe_7[`DWIDTH+`EXPONENT+10], pipe_7[`DWIDTH+`EXPONENT+8:`DWIDTH+1], NormM_8[`MANTISSA-1:0], NormE_8[`EXPONENT:0], ZeroSum_8, NegE_8, R_8, S_8} ;	
			// pipe_9:
			//[40:9] P_int
			//[8] NegE_8
			//[7] R_8
			//[6] S_8
			//[5:1] InputExc_8
			//[0] EOF
			//				
			pipe_9 = {P_int[`DWIDTH-1:0], pipe_8[2], pipe_8[1], pipe_8[0], pipe_8[`EXPONENT+`MANTISSA+9:`EXPONENT+`MANTISSA+5], EOF} ;	
		end
	end		
	
endmodule
module FPAddSub_ExceptionModule(
		Z,
		NegE,
		R,
		S,
		InputExc,
		EOF,
		P,
		Flags
    );
	 
	// Input ports
	input [`DWIDTH-1:0] Z	;					// Final product
	input NegE ;						// Negative exponent?
	input R ;							// Round bit
	input S ;							// Sticky bit
	input [4:0] InputExc ;			// Exceptions in inputs A and B
	input EOF ;
	
	// Output ports
	output [`DWIDTH-1:0] P ;					// Final result
	output [4:0] Flags ;				// Exception flags
	
	// Internal signals
	wire Overflow ;					// Overflow flag
	wire Underflow ;					// Underflow flag
	wire DivideByZero ;				// Divide-by-Zero flag (always 0 in Add/Sub)
	wire Invalid ;						// Invalid inputs or result
	wire Inexact ;						// Result is inexact because of rounding
	
	// Exception flags
	
	// Result is too big to be represented
	assign Overflow = EOF | InputExc[1] | InputExc[0] ;
	
	// Result is too small to be represented
	assign Underflow = NegE & (R | S);
	
	// Infinite result computed exactly from finite operands
	assign DivideByZero = &(Z[`MANTISSA+`EXPONENT-1:`MANTISSA]) & ~|(Z[`MANTISSA+`EXPONENT-1:`MANTISSA]) & ~InputExc[1] & ~InputExc[0];
	
	// Invalid inputs or operation
	assign Invalid = |(InputExc[4:2]) ;
	
	// Inexact answer due to rounding, overflow or underflow
	assign Inexact = (R | S) | Overflow | Underflow;
	
	// Put pieces together to form final result
	assign P = Z ;
	
	// Collect exception flags	
	assign Flags = {Overflow, Underflow, DivideByZero, Invalid, Inexact} ; 	
	
endmodule
module FPAddSub_RoundModule(
		ZeroSum,
		NormE,
		NormM,
		R,
		S,
		G,
		Sa,
		Sb,
		Ctrl,
		MaxAB,
		Z,
		EOF
    );

	// Input ports
	input ZeroSum ;					// Sum is zero
	input [`EXPONENT:0] NormE ;				// Normalized exponent
	input [`MANTISSA-1:0] NormM ;				// Normalized mantissa
	input R ;							// Round bit
	input S ;							// Sticky bit
	input G ;
	input Sa ;							// A's sign bit
	input Sb ;							// B's sign bit
	input Ctrl ;						// Control bit (operation)
	input MaxAB ;
	
	// Output ports
	output [`DWIDTH-1:0] Z ;					// Final result
	output EOF ;
	
	// Internal signals
	wire [`MANTISSA:0] RoundUpM ;			// Rounded up sum with room for overflow
	wire [`MANTISSA-1:0] RoundM ;				// The final rounded sum
	wire [`EXPONENT:0] RoundE ;				// Rounded exponent (note extra bit due to poential overflow	)
	wire RoundUp ;						// Flag indicating that the sum should be rounded up
        wire FSgn;
	wire ExpAdd ;						// May have to add 1 to compensate for overflow 
	wire RoundOF ;						// Rounding overflow
	
	// The cases where we need to round upwards (= adding one) in Round to nearest, tie to even
	assign RoundUp = (G & ((R | S) | NormM[0])) ;
	
	// Note that in the other cases (rounding down), the sum is already 'rounded'
	assign RoundUpM = (NormM + 1) ;								// The sum, rounded up by 1
	assign RoundM = (RoundUp ? RoundUpM[`MANTISSA-1:0] : NormM) ; 	// Compute final mantissa	
	assign RoundOF = RoundUp & RoundUpM[`MANTISSA] ; 				// Check for overflow when rounding up

	// Calculate post-rounding exponent
	assign ExpAdd = (RoundOF ? 1'b1 : 1'b0) ; 				// Add 1 to exponent to compensate for overflow
	assign RoundE = ZeroSum ? 5'b00000 : (NormE + ExpAdd) ; 							// Final exponent

	// If zero, need to determine sign according to rounding
	assign FSgn = (ZeroSum & (Sa ^ Sb)) | (ZeroSum ? (Sa & Sb & ~Ctrl) : ((~MaxAB & Sa) | ((Ctrl ^ Sb) & (MaxAB | Sa)))) ;

	// Assign final result
	assign Z = {FSgn, RoundE[`EXPONENT-1:0], RoundM[`MANTISSA-1:0]} ;
	
	// Indicate exponent overflow
	assign EOF = RoundE[`EXPONENT];
	
endmodule
module FPAddSub_NormalizeShift2(
		PSSum,
		CExp,
		Shift,
		NormM,
		NormE,
		ZeroSum,
		NegE,
		R,
		S,
		FG
	);
	
	// Input ports
	input [`DWIDTH:0] PSSum ;					// The Pre-Shift-Sum
	input [`EXPONENT-1:0] CExp ;
	input [4:0] Shift ;					// Amount to be shifted

	// Output ports
	output [`MANTISSA-1:0] NormM ;				// Normalized mantissa
	output [`EXPONENT:0] NormE ;					// Adjusted exponent
	output ZeroSum ;						// Zero flag
	output NegE ;							// Flag indicating negative exponent
	output R ;								// Round bit
	output S ;								// Final sticky bit
	output FG ;

	// Internal signals
	wire MSBShift ;						// Flag indicating that a second shift is needed
	wire [`EXPONENT:0] ExpOF ;					// MSB set in sum indicates overflow
	wire [`EXPONENT:0] ExpOK ;					// MSB not set, no adjustment
	
	// Calculate normalized exponent and mantissa, check for all-zero sum
	assign MSBShift = PSSum[`DWIDTH] ;		// Check MSB in unnormalized sum
	assign ZeroSum = ~|PSSum ;			// Check for all zero sum
	assign ExpOK = CExp - Shift ;		// Adjust exponent for new normalized mantissa
	assign NegE = ExpOK[`EXPONENT] ;			// Check for exponent overflow
	assign ExpOF = CExp - Shift + 1'b1 ;		// If MSB set, add one to exponent(x2)
	assign NormE = MSBShift ? ExpOF : ExpOK ;			// Check for exponent overflow
	assign NormM = PSSum[`DWIDTH-1:`EXPONENT+1] ;		// The new, normalized mantissa
	
	// Also need to compute sticky and round bits for the rounding stage
	assign FG = PSSum[`EXPONENT] ; 
	assign R = PSSum[`EXPONENT-1] ;
	assign S = |PSSum[`EXPONENT-2:0] ;
	
endmodule
module FPAddSub_NormalizeShift1(
		MminP,
		Shift,
		Mmin
	);
	
	// Input ports
	input [`DWIDTH:0] MminP ;						// Smaller mantissa after 16|12|8|4 shift
	input [3:0] Shift ;						// Shift amount
	
	// Output ports
	output [`DWIDTH:0] Mmin ;						// The smaller mantissa
	
	reg	  [`DWIDTH:0]		Lvl2;
	wire    [2*`DWIDTH+1:0]    Stage1;	
	reg	  [`DWIDTH:0]		Lvl3;
	wire    [2*`DWIDTH+1:0]    Stage2;	
	integer           i;               	// Loop variable
	
	assign Stage1 = {MminP, MminP};

	always @(*) begin    					// Rotate {0 | 4 | 8 | 12} bits
	  case (Shift[3:2])
			// Rotate by 0
			2'b00: //Lvl2 <= Stage1[`DWIDTH:0];       		
      begin Lvl2 = Stage1[`DWIDTH:0];  end
			// Rotate by 4
			2'b01: //begin for (i=2*`DWIDTH+1; i>=`DWIDTH+1; i=i-1) begin Lvl2[i-33] <= Stage1[i-4]; end Lvl2[3:0] <= 0; end
      begin Lvl2[`DWIDTH: (`DWIDTH-4)] = Stage1[3:0]; Lvl2[`DWIDTH-4-1:0] = Stage1[`DWIDTH-4]; end
			// Rotate by 8
			2'b10: //begin for (i=2*`DWIDTH+1; i>=`DWIDTH+1; i=i-1) begin Lvl2[i-33] <= Stage1[i-8]; end Lvl2[7:0] <= 0; end
      begin Lvl2[`DWIDTH: (`DWIDTH-8)] = Stage1[3:0]; Lvl2[`DWIDTH-8-1:0] = Stage1[`DWIDTH-8]; end
			// Rotate by 12
			2'b11: //begin for (i=2*`DWIDTH+1; i>=`DWIDTH+1; i=i-1) begin Lvl2[i-33] <= Stage1[i-12]; end Lvl2[11:0] <= 0; end
      begin Lvl2[`DWIDTH: (`DWIDTH-12)] = Stage1[3:0]; Lvl2[`DWIDTH-12-1:0] = Stage1[`DWIDTH-12]; end
	  endcase
	end
	
	assign Stage2 = {Lvl2, Lvl2};

	always @(*) begin   				 		// Rotate {0 | 1 | 2 | 3} bits
	  case (Shift[1:0])
			// Rotate by 0
			2'b00:  //Lvl3 <= Stage2[`DWIDTH:0];
      begin Lvl3 = Stage2[`DWIDTH:0]; end
			// Rotate by 1
			2'b01: //begin for (i=2*`DWIDTH+1; i>=`DWIDTH+1; i=i-1) begin Lvl3[i-`DWIDTH-1] <= Stage2[i-1]; end Lvl3[0] <= 0; end 
      begin Lvl3[`DWIDTH: (`DWIDTH-1)] = Stage2[3:0]; Lvl3[`DWIDTH-1-1:0] = Stage2[`DWIDTH-1]; end
			// Rotate by 2
			2'b10: //begin for (i=2*`DWIDTH+1; i>=`DWIDTH+1; i=i-1) begin Lvl3[i-`DWIDTH-1] <= Stage2[i-2]; end Lvl3[1:0] <= 0; end
      begin Lvl3[`DWIDTH: (`DWIDTH-2)] = Stage2[3:0]; Lvl3[`DWIDTH-2-1:0] = Stage2[`DWIDTH-2]; end
			// Rotate by 3
			2'b11: //begin for (i=2*`DWIDTH+1; i>=`DWIDTH+1; i=i-1) begin Lvl3[i-`DWIDTH-1] <= Stage2[i-3]; end Lvl3[2:0] <= 0; end
      begin Lvl3[`DWIDTH: (`DWIDTH-3)] = Stage2[3:0]; Lvl3[`DWIDTH-3-1:0] = Stage2[`DWIDTH-3]; end
	  endcase
	end
	
	// Assign outputs
	assign Mmin = Lvl3;						// Take out smaller mantissa			
	
endmodule
module FPAddSub_NormalizeModule(
		Sum,
		Mmin,
		Shift
    );

	// Input ports
	input [`DWIDTH:0] Sum ;					// Mantissa sum including hidden 1 and GRS
	
	// Output ports
	output [`DWIDTH:0] Mmin ;					// Mantissa after 16|0 shift
	output [4:0] Shift ;					// Shift amount
	
	// Determine normalization shift amount by finding leading nought
	assign Shift =  ( 
		Sum[16] ? 5'b00000 :	 
		Sum[15] ? 5'b00001 : 
		Sum[14] ? 5'b00010 : 
		Sum[13] ? 5'b00011 : 
		Sum[12] ? 5'b00100 : 
		Sum[11] ? 5'b00101 : 
		Sum[10] ? 5'b00110 : 
		Sum[9] ? 5'b00111 :
		Sum[8] ? 5'b01000 :
		Sum[7] ? 5'b01001 :
		Sum[6] ? 5'b01010 :
		Sum[5] ? 5'b01011 :
		Sum[4] ? 5'b01100 : 5'b01101
	//	Sum[19] ? 5'b01101 :
	//	Sum[18] ? 5'b01110 :
	//	Sum[17] ? 5'b01111 :
	//	Sum[16] ? 5'b10000 :
	//	Sum[15] ? 5'b10001 :
	//	Sum[14] ? 5'b10010 :
	//	Sum[13] ? 5'b10011 :
	//	Sum[12] ? 5'b10100 :
	//	Sum[11] ? 5'b10101 :
	//	Sum[10] ? 5'b10110 :
	//	Sum[9] ? 5'b10111 :
	//	Sum[8] ? 5'b11000 :
	//	Sum[7] ? 5'b11001 : 5'b11010
	);
	
	reg	  [`DWIDTH:0]		Lvl1;
	
	always @(*) begin
		// Rotate by 16?
		Lvl1 <= Shift[4] ? {Sum[8:0], 8'b00000000} : Sum; 
	end
	
	// Assign outputs
	assign Mmin = Lvl1;						// Take out smaller mantissa

endmodule
module FPAddSub_ExecutionModule(
		Mmax,
		Mmin,
		Sa,
		Sb,
		MaxAB,
		OpMode,
		Sum,
		PSgn,
		Opr
    );

	// Input ports
	input [`MANTISSA-1:0] Mmax ;					// The larger mantissa
	input [`MANTISSA:0] Mmin ;					// The smaller mantissa
	input Sa ;								// Sign bit of larger number
	input Sb ;								// Sign bit of smaller number
	input MaxAB ;							// Indicates the larger number (0/A, 1/B)
	input OpMode ;							// Operation to be performed (0/Add, 1/Sub)
	
	// Output ports
	output [`DWIDTH:0] Sum ;					// The result of the operation
	output PSgn ;							// The sign for the result
	output Opr ;							// The effective (performed) operation

	assign Opr = (OpMode^Sa^Sb); 		// Resolve sign to determine operation

	// Perform effective operation
	assign Sum = (OpMode^Sa^Sb) ? ({1'b1, Mmax, 5'b00000} - {Mmin, 5'b00000}) : ({1'b1, Mmax, 5'b00000} + {Mmin, 5'b00000}) ;
	
	// Assign result sign
	assign PSgn = (MaxAB ? Sb : Sa) ;

endmodule
module FPAddSub_AlignShift2(
		MminP,
		Shift,
		Mmin
	);
	
	// Input ports
	input [`MANTISSA:0] MminP ;						// Smaller mantissa after 16|12|8|4 shift
	input [1:0] Shift ;						// Shift amount
	
	// Output ports
	output [`MANTISSA:0] Mmin ;						// The smaller mantissa
	
	// Internal Signal
	reg	  [`MANTISSA:0]		Lvl3;
	wire    [2*`MANTISSA+1:0]    Stage2;	
	integer           j;               // Loop variable
	
	assign Stage2 = {11'b0, MminP};

	always @(*) begin    // Rotate {0 | 1 | 2 | 3} bits
	  case (Shift[1:0])
			// Rotate by 0
			2'b00:  Lvl3 <= Stage2[`MANTISSA:0];   
			// Rotate by 1
			2'b01:  begin for (j=0; j<=`MANTISSA; j=j+1)  begin Lvl3[j] <= Stage2[j+1]; end /*Lvl3[`MANTISSA] <= 0; */end 
			// Rotate by 2
			2'b10:  begin for (j=0; j<=`MANTISSA; j=j+1)  begin Lvl3[j] <= Stage2[j+2]; end /*Lvl3[`MANTISSA:`MANTISSA-1] <= 0;*/ end 
			// Rotate by 3
			2'b11:  begin for (j=0; j<=`MANTISSA; j=j+1)  begin Lvl3[j] <= Stage2[j+3]; end /*Lvl3[`MANTISSA:`MANTISSA-2] <= 0;*/ end 	  
	  endcase
	end
	
	// Assign output
	assign Mmin = Lvl3;						// Take out smaller mantissa				

endmodule
module FPAddSub_AlignShift1(
		MminP,
		Shift,
		Mmin
	);
	
	// Input ports
	input [`MANTISSA-1:0] MminP ;						// Smaller mantissa after 16|12|8|4 shift
	input [2:0] Shift ;						// Shift amount
	
	// Output ports
	output [`MANTISSA:0] Mmin ;						// The smaller mantissa
	
	// Internal signals
	reg	  [`MANTISSA:0]		Lvl1;
	reg	  [`MANTISSA:0]		Lvl2;
	wire    [2*`MANTISSA+1:0]    Stage1;	
	integer           i;                // Loop variable
	
	always @(*) begin						
		// Rotate by 16?
		//Lvl1 <= Shift[2] ? {17'b00000000000000001, MminP[22:16]} : {1'b1, MminP}; 
		Lvl1 <= Shift[2] ? {11'b0000000000} : {1'b1, MminP}; 
		
	end
	
	assign Stage1 = { 11'b0, Lvl1};
	
	always @(*) begin    					// Rotate {0 | 4 | 8 | 12} bits
	  case (Shift[1:0])
			// Rotate by 0	
			2'b00:  Lvl2 <= Stage1[`MANTISSA:0];       			
			// Rotate by 4	
			2'b01:  begin for (i=0; i<=`MANTISSA; i=i+1) begin Lvl2[i] <= Stage1[i+4]; end /*Lvl2[`MANTISSA:`MANTISSA-3] <= 0;*/ end
			// Rotate by 8
			2'b10:  begin for (i=0; i<=`MANTISSA; i=i+1) begin Lvl2[i] <= Stage1[i+8]; end /*Lvl2[`MANTISSA:`MANTISSA-7] <= 0;*/ end
			// Rotate by 12	
			2'b11: Lvl2[`MANTISSA: 0] <= 0; 
			//2'b11:  begin for (i=0; i<=`MANTISSA; i=i+1) begin Lvl2[i] <= Stage1[i+12]; end Lvl2[`MANTISSA:`MANTISSA-12] <= 0; end
	  endcase
	end
	
	// Assign output to next shift stage
	assign Mmin = Lvl2;
	
endmodule
module FPAddSub_AlignModule (
		A,
		B,
		ShiftDet,
		CExp,
		MaxAB,
		Shift,
		Mmin,
		Mmax
	);
	
	// Input ports
	input [`DWIDTH-2:0] A ;								// Input A, a 32-bit floating point number
	input [`DWIDTH-2:0] B ;								// Input B, a 32-bit floating point number
	input [9:0] ShiftDet ;
	
	// Output ports
	output [`EXPONENT-1:0] CExp ;							// Common Exponent
	output MaxAB ;									// Incidates larger of A and B (0/A, 1/B)
	output [4:0] Shift ;							// Number of steps to smaller mantissa shift right
	output [`MANTISSA-1:0] Mmin ;							// Smaller mantissa 
	output [`MANTISSA-1:0] Mmax ;							// Larger mantissa
	
	// Internal signals
	//wire BOF ;										// Check for shifting overflow if B is larger
	//wire AOF ;										// Check for shifting overflow if A is larger
	
	assign MaxAB = (A[`DWIDTH-2:0] < B[`DWIDTH-2:0]) ;	
	//assign BOF = ShiftDet[9:5] < 25 ;		// Cannot shift more than 25 bits
	//assign AOF = ShiftDet[4:0] < 25 ;		// Cannot shift more than 25 bits
	
	// Determine final shift value
	//assign Shift = MaxAB ? (BOF ? ShiftDet[9:5] : 5'b11001) : (AOF ? ShiftDet[4:0] : 5'b11001) ;
	
	assign Shift = MaxAB ? ShiftDet[9:5] : ShiftDet[4:0] ;
	
	// Take out smaller mantissa and append shift space
	assign Mmin = MaxAB ? A[`MANTISSA-1:0] : B[`MANTISSA-1:0] ; 
	
	// Take out larger mantissa	
	assign Mmax = MaxAB ? B[`MANTISSA-1:0]: A[`MANTISSA-1:0] ;	
	
	// Common exponent
	assign CExp = (MaxAB ? B[`MANTISSA+`EXPONENT-1:`MANTISSA] : A[`MANTISSA+`EXPONENT-1:`MANTISSA]) ;		
	
endmodule
module FPAddSub_PrealignModule(
		A,
		B,
		operation,
		Sa,
		Sb,
		ShiftDet,
		InputExc,
		Aout,
		Bout,
		Opout
	);
	
	// Input ports
	input [`DWIDTH-1:0] A ;										// Input A, a 32-bit floating point number
	input [`DWIDTH-1:0] B ;										// Input B, a 32-bit floating point number
	input operation ;
	
	// Output ports
	output Sa ;												// A's sign
	output Sb ;												// B's sign
	output [9:0] ShiftDet ;
	output [4:0] InputExc ;								// Input numbers are exceptions
	output [`DWIDTH-2:0] Aout ;
	output [`DWIDTH-2:0] Bout ;
	output Opout ;
	
	// Internal signals									// If signal is high...
	wire ANaN ;												// A is a NaN (Not-a-Number)
	wire BNaN ;												// B is a NaN
	wire AInf ;												// A is infinity
	wire BInf ;												// B is infinity
	wire [`EXPONENT-1:0] DAB ;										// ExpA - ExpB					
	wire [`EXPONENT-1:0] DBA ;										// ExpB - ExpA	
	
	assign ANaN = &(A[`DWIDTH-2:`DWIDTH-1-`EXPONENT]) & |(A[`MANTISSA-1:0]) ;		// All one exponent and not all zero mantissa - NaN
	assign BNaN = &(B[`DWIDTH-2:`DWIDTH-1-`EXPONENT]) & |(B[`MANTISSA-1:0]);		// All one exponent and not all zero mantissa - NaN
	assign AInf = &(A[`DWIDTH-2:`DWIDTH-1-`EXPONENT]) & ~|(A[`MANTISSA-1:0]) ;	// All one exponent and all zero mantissa - Infinity
	assign BInf = &(B[`DWIDTH-2:`DWIDTH-1-`EXPONENT]) & ~|(B[`MANTISSA-1:0]) ;	// All one exponent and all zero mantissa - Infinity
	
	// Put all flags into exception vector
	assign InputExc = {(ANaN | BNaN | AInf | BInf), ANaN, BNaN, AInf, BInf} ;
	
	//assign DAB = (A[30:23] - B[30:23]) ;
	//assign DBA = (B[30:23] - A[30:23]) ;
	assign DAB = (A[`DWIDTH-2:`MANTISSA] + ~(B[`DWIDTH-2:`MANTISSA]) + 1) ;
	assign DBA = (B[`DWIDTH-2:`MANTISSA] + ~(A[`DWIDTH-2:`MANTISSA]) + 1) ;
	
	assign Sa = A[`DWIDTH-1] ;									// A's sign bit
	assign Sb = B[`DWIDTH-1] ;									// B's sign	bit
	assign ShiftDet = {DBA[4:0], DAB[4:0]} ;		// Shift data
	assign Opout = operation ;
	assign Aout = A[`DWIDTH-2:0] ;
	assign Bout = B[`DWIDTH-2:0] ;
	
endmodule